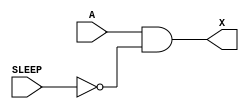
/*
 * Copyright 2020 The SkyWater PDK Authors
 *
 * Licensed under the Apache License, Version 2.0 (the "License");
 * you may not use this file except in compliance with the License.
 * You may obtain a copy of the License at
 *
 *     https://www.apache.org/licenses/LICENSE-2.0
 *
 * Unless required by applicable law or agreed to in writing, software
 * distributed under the License is distributed on an "AS IS" BASIS,
 * WITHOUT WARRANTIES OR CONDITIONS OF ANY KIND, either express or implied.
 * See the License for the specific language governing permissions and
 * limitations under the License.
 *
 * SPDX-License-Identifier: Apache-2.0
*/


`ifndef SKY130_FD_SC_HD__LPFLOW_INPUTISO0P_FUNCTIONAL_V
`define SKY130_FD_SC_HD__LPFLOW_INPUTISO0P_FUNCTIONAL_V

/**
 * lpflow_inputiso0p: Input isolator with non-inverted enable.
 *
 *                    X = (A & !SLEEP_B)
 *
 * Verilog simulation functional model.
 */

`timescale 1ns / 1ps
`default_nettype none

`celldefine
module sky130_fd_sc_hd__lpflow_inputiso0p (
    X    ,
    A    ,
    SLEEP
);

    // Module ports
    output X    ;
    input  A    ;
    input  SLEEP;

    // Local signals
    wire sleepn;

    //  Name  Output  Other arguments
    not not0 (sleepn, SLEEP          );
    and and0 (X     , A, sleepn      );

endmodule
`endcelldefine

`default_nettype wire
`endif  // SKY130_FD_SC_HD__LPFLOW_INPUTISO0P_FUNCTIONAL_V